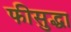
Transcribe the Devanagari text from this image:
फीसुद्धा